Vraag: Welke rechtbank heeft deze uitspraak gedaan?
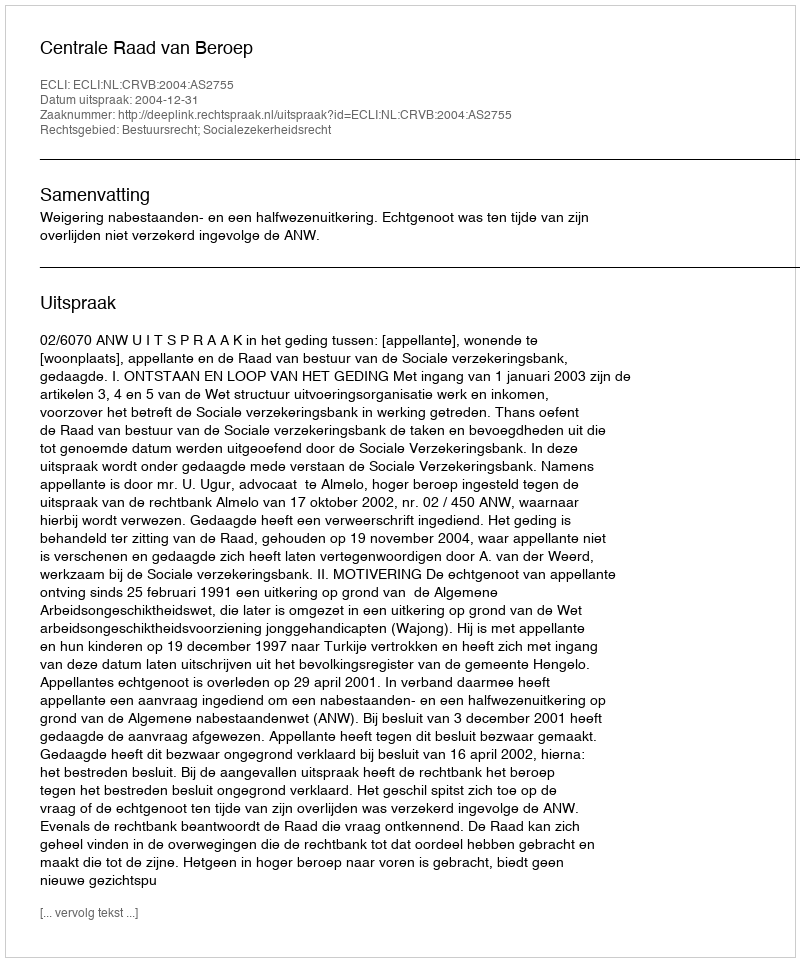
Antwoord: Centrale Raad van Beroep